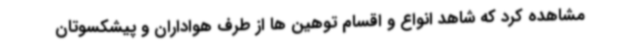
مشاهده کرد که شاهد انواع و اقسام توهین ها از طرف هواداران و پیشکسوتان